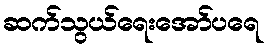
ဆက်သွယ်ရေးအော်ပရေ